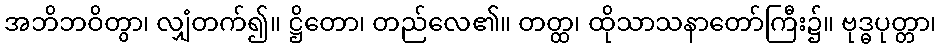
အဘိဘဝိတွာ၊ လျှံတက်၍။ ဋ္ဌိတော၊ တည်လေ၏။ တတ္ထ၊ ထိုသာသနာတော်ကြီး၌။ ဗုဒ္ဓပုတ္တာ၊